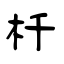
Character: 杄